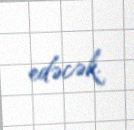
edəcək.